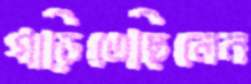
গাড়িতেছিলেন